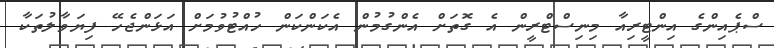
ސްޕެއިންގެ އިންޓީރިއާ މިނިސްޓްރީން އެ ގޮތަށް އެންގުމުން އެކަންކަން ހުއްޓުވުމަށް އަޅަންޖެހޭ ފިޔަވާލުތަކާ